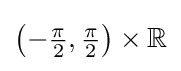
\left(-{\tfrac {\pi }{2}},{\tfrac {\pi }{2}}\right)\times \mathbb {R}